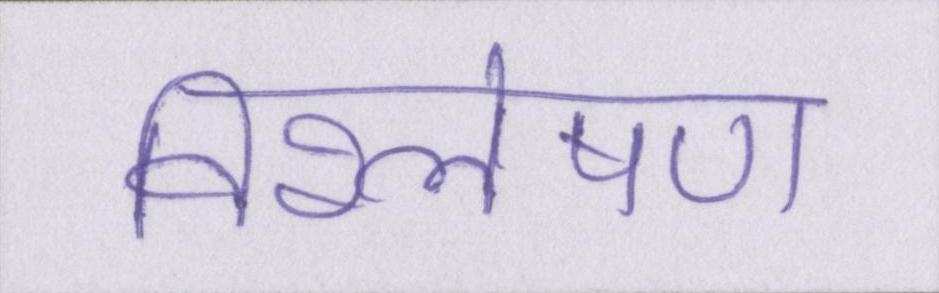
विश्लेषण